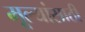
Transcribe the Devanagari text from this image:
मूल्यांसाठी